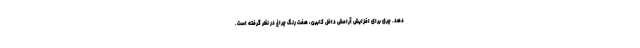
دهد. چری برای افزایش آرامش داخل کابین، هفت رنگ چراغ در نظر گرفته است.